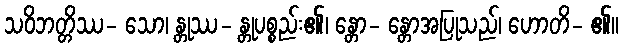
သဝိဘတ္တိဿ- သော၊ န္တုဿ- န္တုပစ္စည်း၏၊ န္တော- န္တောအပြုသည်၊ ဟောတိ- ၏။